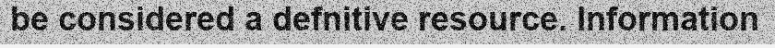
be considered a defnitive resource. Information